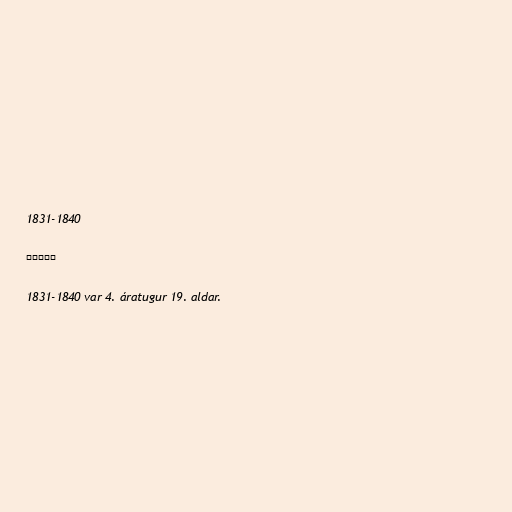
1831-1840

១១៣៧១

1831-1840 var 4. áratugur 19. aldar.